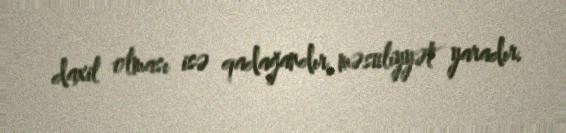
daxil olması isə qadağandır, məsuliyyət yaradır.